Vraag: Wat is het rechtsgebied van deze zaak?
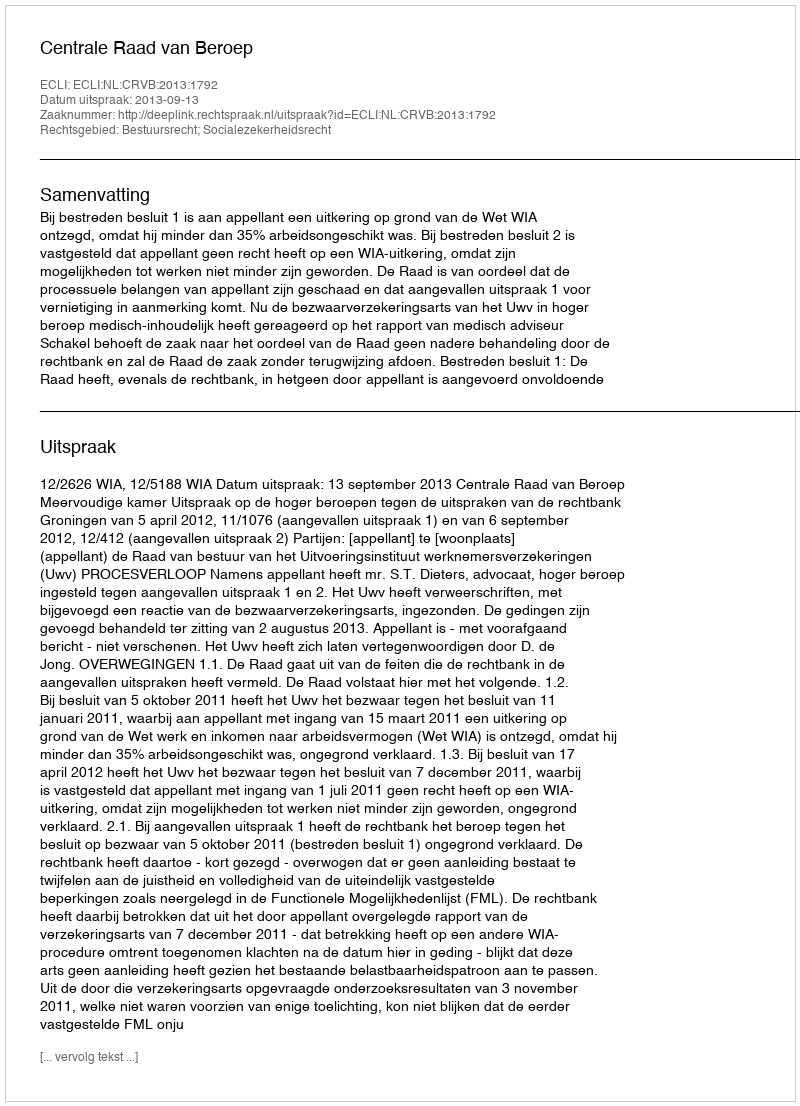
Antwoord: Bestuursrecht; Socialezekerheidsrecht